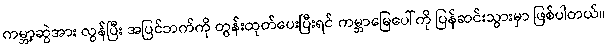
ကမ္ဘာ့ဆွဲအား လွန်ပြီး အပြင်ဘက်ကို တွန်းထုတ်ပေးပြီးရင် ကမ္ဘာမြေပေါ်ကို ပြန်ဆင်းသွားမှာ ဖြစ်ပါတယ်။